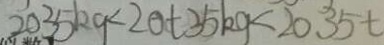
2 0 3 5 k g < 2 0 t 3 5 k g < 2 0 . 3 5 t